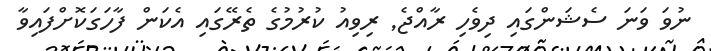
ނުވަ ވަނަ ސެޝަންގައި ދިވެހި ރާއްޖެ